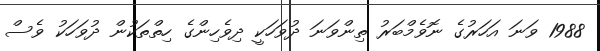
1988 ވަނަ އަހަރުގެ ނޮވެމްބަރު ތިންވަނަ ދުވަހަކީ ދިވެހިންގެ ހިތްތަކުން ދުވަހަކު ވެސް